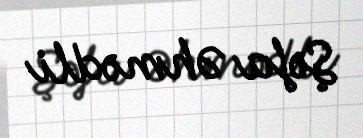
Şəfa Əhmədli